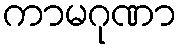
ကာမဂုဏာ